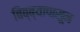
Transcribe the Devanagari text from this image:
बिब्ब्यापासून